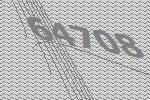
64708